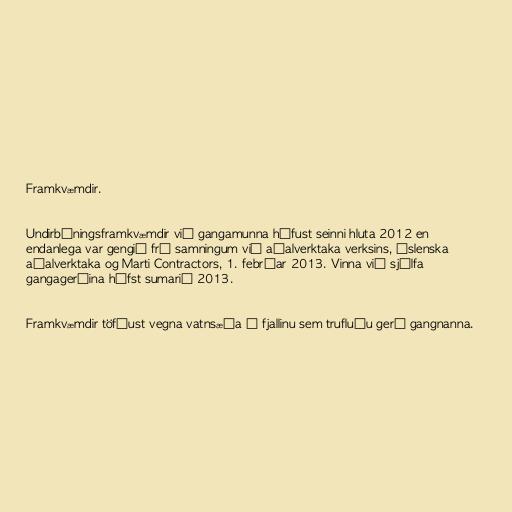
Framkvæmdir.

Undirbúningsframkvæmdir við gangamunna hófust seinni hluta 2012 en
endanlega var gengið frá samningum við aðalverktaka verksins, Íslenska
aðalverktaka og Marti Contractors, 1. febrúar 2013. Vinna við sjálfa
gangagerðina hófst sumarið 2013.

Framkvæmdir töfðust vegna vatnsæða í fjallinu sem trufluðu gerð gangnanna.